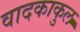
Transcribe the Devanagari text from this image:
वादकाकुल